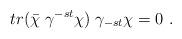
LaTeX: \begin{align*}tr (\bar \chi \;\gamma^{-st} \chi) \;\gamma_{-st} \chi=0 \ .\end{align*}